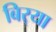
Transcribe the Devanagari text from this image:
बिर्‍या